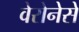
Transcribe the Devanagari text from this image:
वेरोनेसे